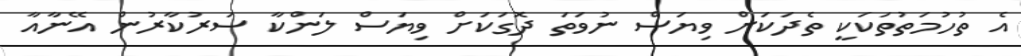
އެ ތުހުމަތުތަކަކީ ތެދަކަށް ވިޔަސް ނުވަތަ ދޮގަކަށް ވިޔަސް ލަންކާ ސަރުކާރުން އޭނާއާ